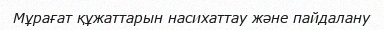
Мұрағат құжаттарын насихаттау және пайдалану